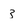
Character: 3